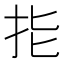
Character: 𢪲